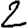
Digit: 2